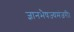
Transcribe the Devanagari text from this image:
ज्ञानभैषज्यमंजरी।